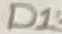
Text: D1